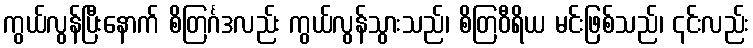
ကွယ်လွန်ပြီးနောက် စိတြင်္ဂဒလည်း ကွယ်လွန်သွားသည်၊ စိတြဝီရိယ မင်းဖြစ်သည်၊ ၎င်းလည်း